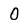
Character: O